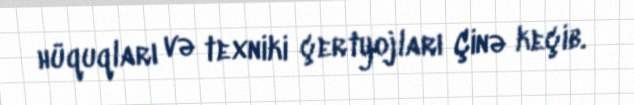
hüquqları və texniki çertyojları Çinə keçib.